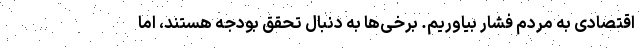
اقتصادی به مردم فشار بیاوریم. برخی‌ها به دنبال تحقق بودجه هستند، اما